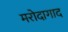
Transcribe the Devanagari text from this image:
मरोदागाद